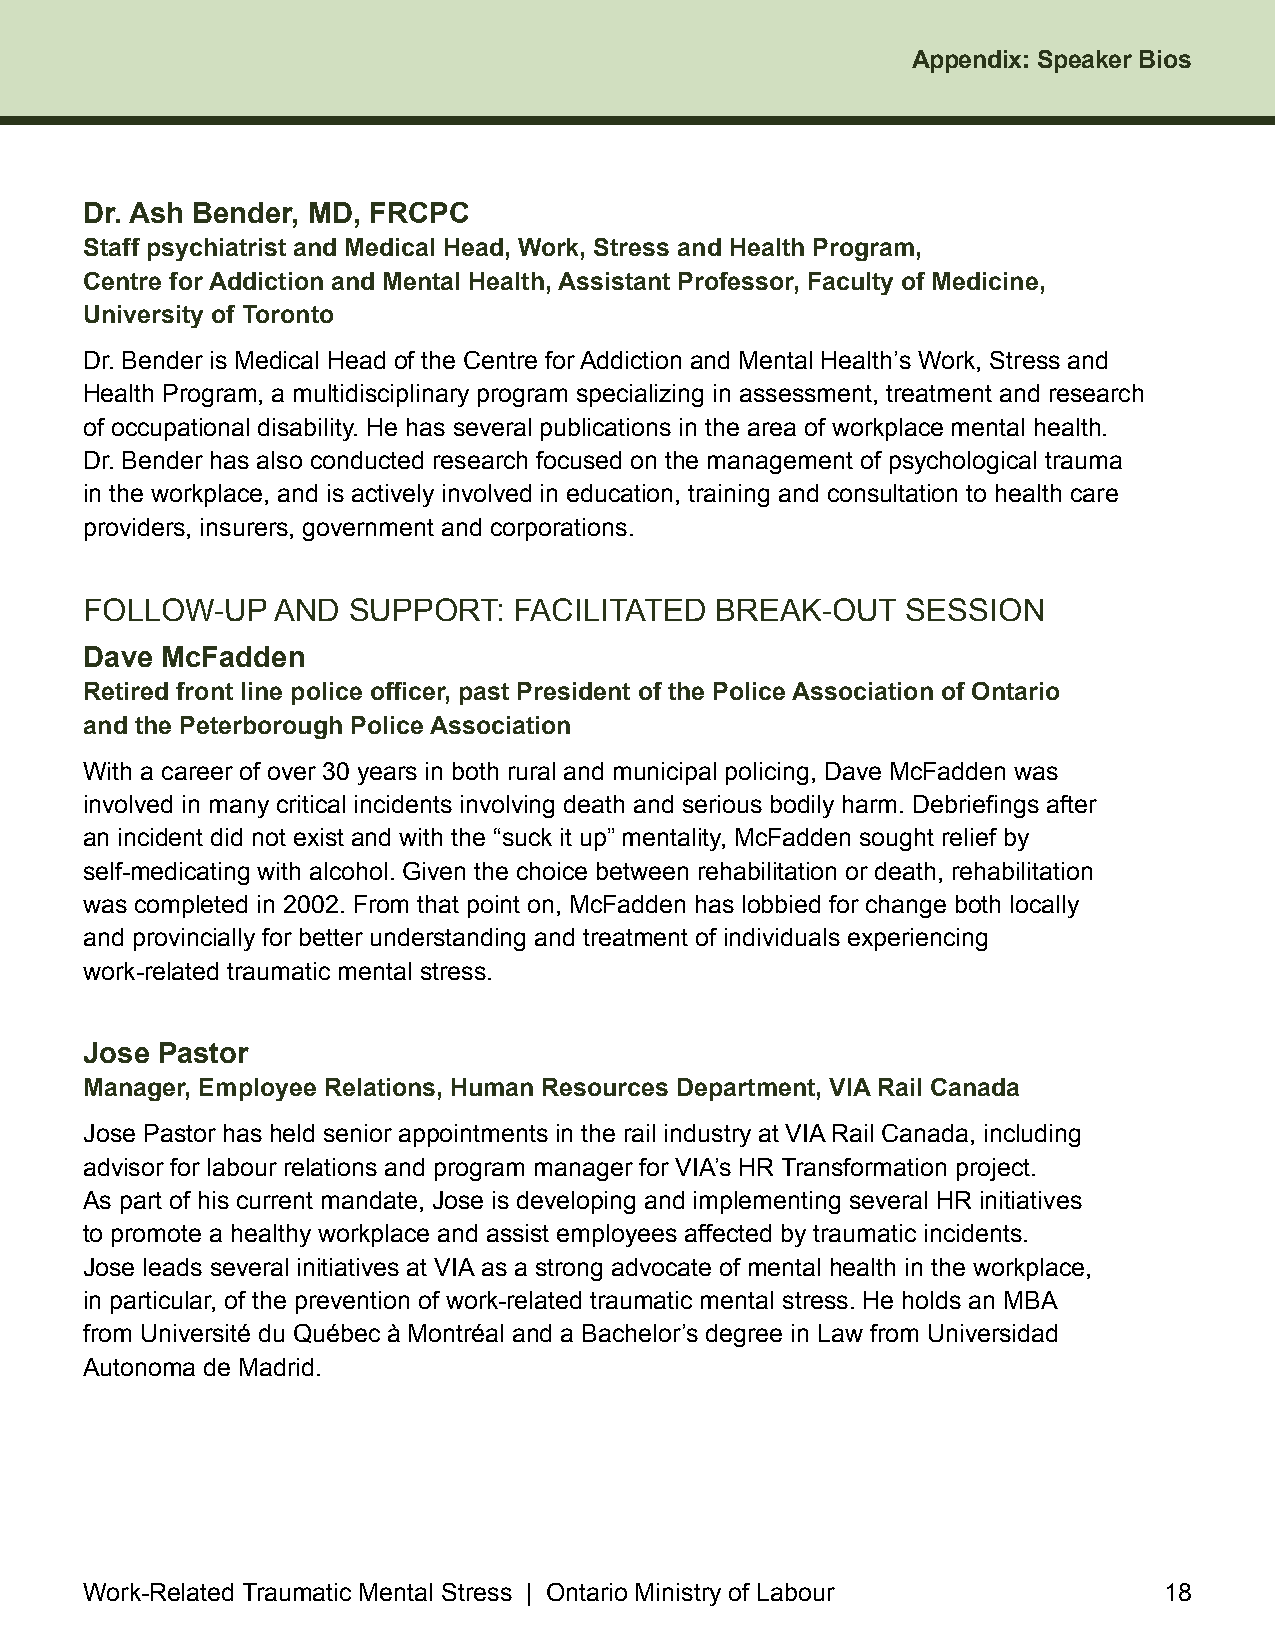
Appendix: Speaker Bios
 Dr. Ash Bender, MD, FRCPC
 Staff psychiatrist and Medical Head, Work, Stress and Health Program,
 Centre for Addiction and Mental Health, Assistant Professor, Faculty of Medicine,
 University of Toronto
 Dr . Bender is Medical Head of the Centre for Addiction and Mental Health’s Work, Stress and
 Health Program, a multidisciplinary program specializing in assessment, treatment and research
 of occupational disability . He has several publications in the area of workplace mental health .
 Dr . Bender has also conducted research focused on the management of psychological trauma
 in the workplace, and is actively involved in education, training and consultation to health care
 providers, insurers, government and corporations .
 FOLLOW-UP   AND  SUPPORT:   FACILITATED  BREAK-OUT    SESSION
 Dave McFadden
 Retired front line police officer, past President of the Police Association of Ontario
 and the Peterborough Police Association
 With a career of over 30 years in both rural and municipal policing, Dave McFadden was
 involved in many critical incidents involving death and serious bodily harm. Debriefings after
 an incident did not exist and with the “suck it up” mentality, McFadden sought relief by
 self-medicating with alcohol . Given the choice between rehabilitation or death, rehabilitation
 was completed in 2002 . From that point on, McFadden has lobbied for change both locally
 and provincially for better understanding and treatment of individuals experiencing
 work-related traumatic mental stress .
 Jose Pastor
 Manager, Employee Relations, Human Resources Department, VIA Rail Canada
 Jose Pastor has held senior appointments in the rail industry at VIA Rail Canada, including
 advisor for labour relations and program manager for VIA’s HR Transformation project .
 As part of his current mandate, Jose is developing and implementing several HR initiatives
 to promote a healthy workplace and assist employees affected by traumatic incidents .
 Jose leads several initiatives at VIA as a strong advocate of mental health in the workplace,
 in particular, of the prevention of work-related traumatic mental stress . He holds an MBA
 from Université du Québec à Montréal and a Bachelor’s degree in Law from Universidad
 Autonoma de Madrid .
 Work-Related Traumatic Mental Stress | Ontario Ministry of Labour      18